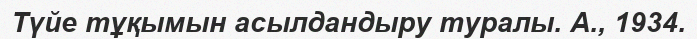
Түйе тұқымын асылдандыру туралы. А., 1934.